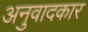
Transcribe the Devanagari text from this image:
अनुवादकार